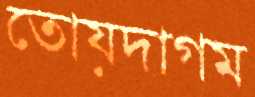
তোয়দাগম